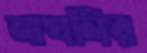
নাখলির